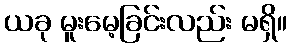
ယခု မူးမေ့ခြင်းလည်း မရှိ။